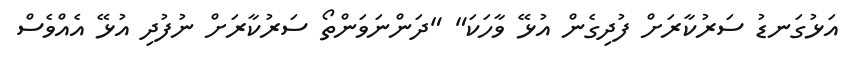
އަޅުގަނޑު ސަރުކާރަށް ފުދިގެން އުޅޭ ވާހަކަ" "ދަންނަވަންތޯ ސަރުކާރަށް ނުފުދި އުޅޭ އެއްވެސް